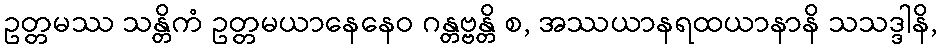
ဥတ္တမဿ သန္တိကံ ဥတ္တမယာနေနေဝ ဂန္တဗ္ဗန္တိ စ, အဿယာနရထယာနာနိ သသဒ္ဒါနိ,